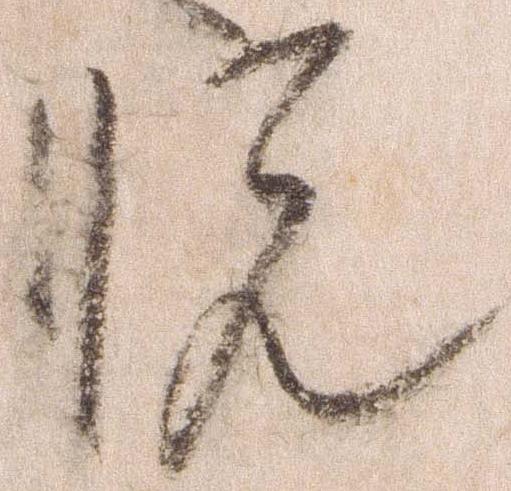
悦